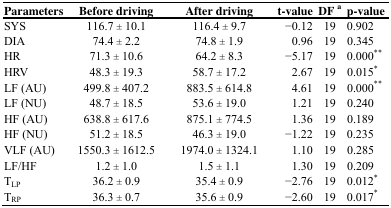
| Parameters | Before driving | After driving | t-value | DF a | p-value |
 | --- | --- | --- | --- | --- | --- |
 | SYS | 116.7 ± 10.1 | 116.4 ± 9.7 | −0.12 | 19 | 0.902 |
 | DIA | 74.4 ± 2.2 | 74.8 ± 1.9 | 0.96 | 19 | 0.345 |
 | HR | 71.3 ± 10.6 | 64.2 ± 8.3 | −5.17 | 19 | 0.000** |
 | HRV | 48.3 ± 19.3 | 58.7 ± 17.2 | 2.67 | 19 | 0.015* |
 | LF (AU) | 499.8 ± 407.2 | 883.5 ± 614.8 | 4.61 | 19 | 0.000** |
 | LF (NU) | 48.7 ± 18.5 | 53.6 ± 19.0 | 1.21 | 19 | 0.240 |
 | HF (AU) | 638.8 ± 617.6 | 875.1 ± 774.5 | 1.36 | 19 | 0.189 |
 | HF (NU) | 51.2 ± 18.5 | 46.3 ± 19.0 | −1.22 | 19 | 0.235 |
 | VLF (AU) | 1550.3 ± 1612.5 | 1974.0 ± 1324.1 | 1.10 | 19 | 0.285 |
 | LF/HF | 1.2 ± 1.0 | 1.5 ± 1.1 | 1.30 | 19 | 0.209 |
 | TLP | 36.2 ± 0.9 | 35.4 ± 0.9 | −2.76 | 19 | 0.012* |
 | TRP | 36.3 ± 0.7 | 35.6 ± 0.9 | −2.60 | 19 | 0.017* |